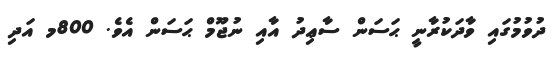
ދުވުމުގައި ވާދަކުރާނީ ޙަސަން ސާޢިދު އާއި ނުޖޫމް ޙަސަން އެވެ. 800މ އަދި